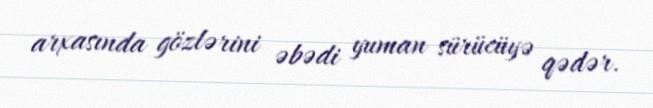
arxasında gözlərini əbədi yuman sürücüyə qədər.